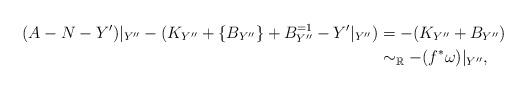
LaTeX: \begin{align*}(A-N-Y')|_{Y''}-(K_{Y''}+\{B_{Y''}\}+B^{=1}_{Y''}-Y'|_{Y''})&=-(K_{Y''}+B_{Y''})\\ &\sim _{\mathbb R}-(f^*\omega)|_{Y''}, \end{align*}